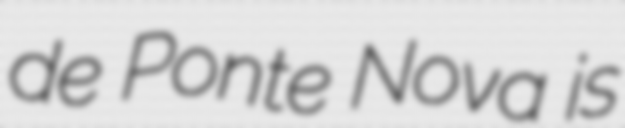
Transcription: de Ponte Nova is